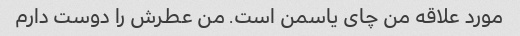
مورد علاقه من چای یاسمن است. من عطرش را دوست دارم